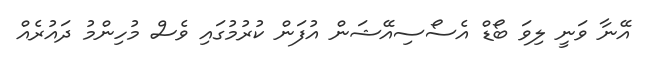
އޭނާ ވަނީ ލިވަ ބޯޑް އެސޯސިއޭޝަން އުފަން ކުރުމުގައި ވެސް މުހިންމު ދައުރެއް